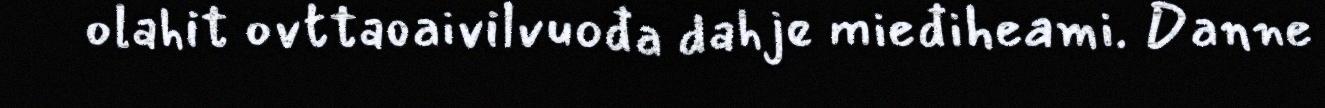
olahit ovttaoaivilvuođa dahje mieđiheami. Danne